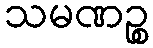
သမဏဉ္စ